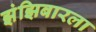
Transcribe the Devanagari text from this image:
झंझिबारला